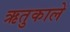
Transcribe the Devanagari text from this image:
ऋतुकाले